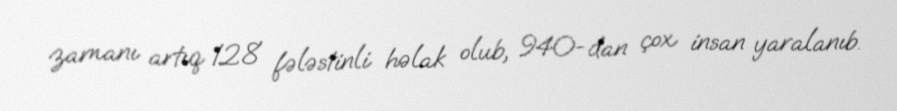
zamanı artıq 128 fələstinli həlak olub, 940-dan çox insan yaralanıb.